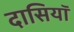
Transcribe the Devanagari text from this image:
दासियॉ